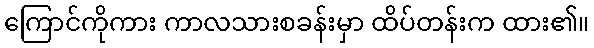
ကြောင်ကိုကား ကာလသားစခန်းမှာ ထိပ်တန်းက ထား၏။